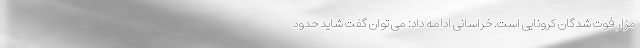
مزار فوت شدگان کرونایی است. خراسانی ادامه داد: می توان گفت شاید حدود